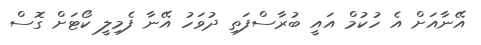
އޭނާއަށް އެ ހުކުމް އައީ ބުރާސްފަތި ދުވަހު އޭނާ ފެމިލީ ކޯޓަށް ގޮސް